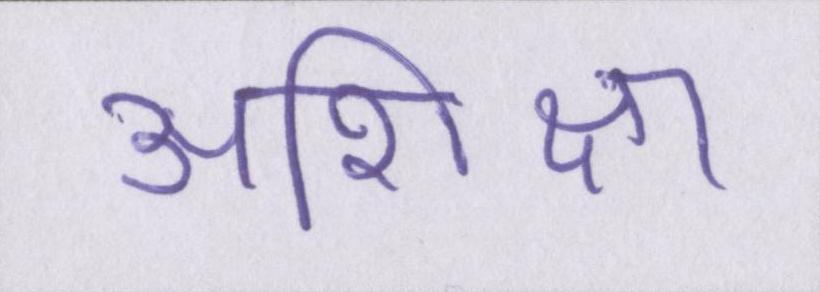
अशिक्षा